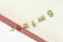
وسيعود